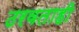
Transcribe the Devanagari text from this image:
ठरवताही